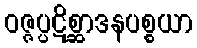
ဝဇ္ဇပ္ပဋိစ္ဆာဒနပစ္စယာ